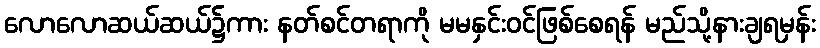
လောလောဆယ်ဆယ်၌ကား နတ်စင်တရာကို မမနှင်းဝင်ဖြစ်စေရန် မည်သို့နားချရမှန်း